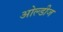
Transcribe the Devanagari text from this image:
ओल्डीज